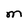
Character: M